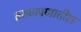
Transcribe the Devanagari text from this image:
तरुणपणातील